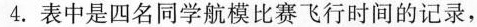
4.表中是四名同学航模比赛飞行时间的记录，